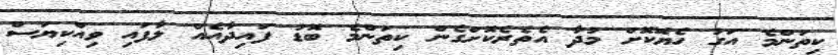
ކިތަންމެ އަގު ހެޔޮކޮށް މުދާ އެތެރެކޮށްގެން ކިތަންމެ ބޮޑު ފައިދާއެއް ލާފައި ވިއްކިޔަސް